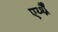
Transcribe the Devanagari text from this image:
एर्य्थ्रैँ